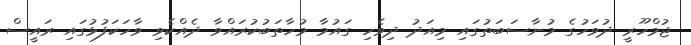
ޖުމްހޫރީ ދުވަހުގެ މުނާސަބަތުގައި މިއަދު ދިވެހި ގައުމާ މުހާތަބުކުރައްވާ ދެއްކެވި ވާހަކަފުޅުގައި ރައީސް